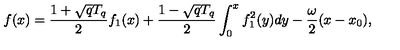
f ( x ) = { \frac { 1 + \sqrt { q } T _ { q } } { 2 } } f _ { 1 } ( x ) + { \frac { 1 - \sqrt { q } T _ { q } } { 2 } } \int _ { 0 } ^ { x } f _ { 1 } ^ { 2 } ( y ) d y - { \frac { \omega } { 2 } } ( x - x _ { 0 } ) ,